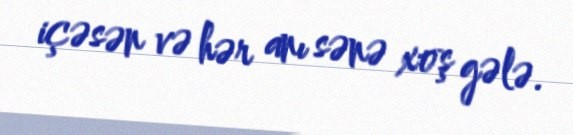
içəsən və hər anı sənə xoş gələ.